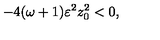
- 4 ( \omega + 1 ) \varepsilon ^ { 2 } z _ { 0 } ^ { 2 } < 0 ,